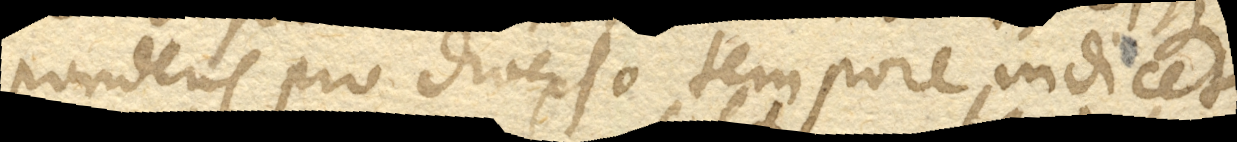
ponderis pro diverso tempore indicet